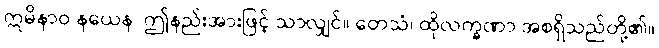
ဣမိနာဝ နယေန၊ ဤနည်းအားဖြင့် သာလျှင်။ တေသံ၊ ထိုလက္ခဏာ အစရှိသည်တို့၏။